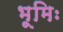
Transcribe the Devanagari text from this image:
भूमिः